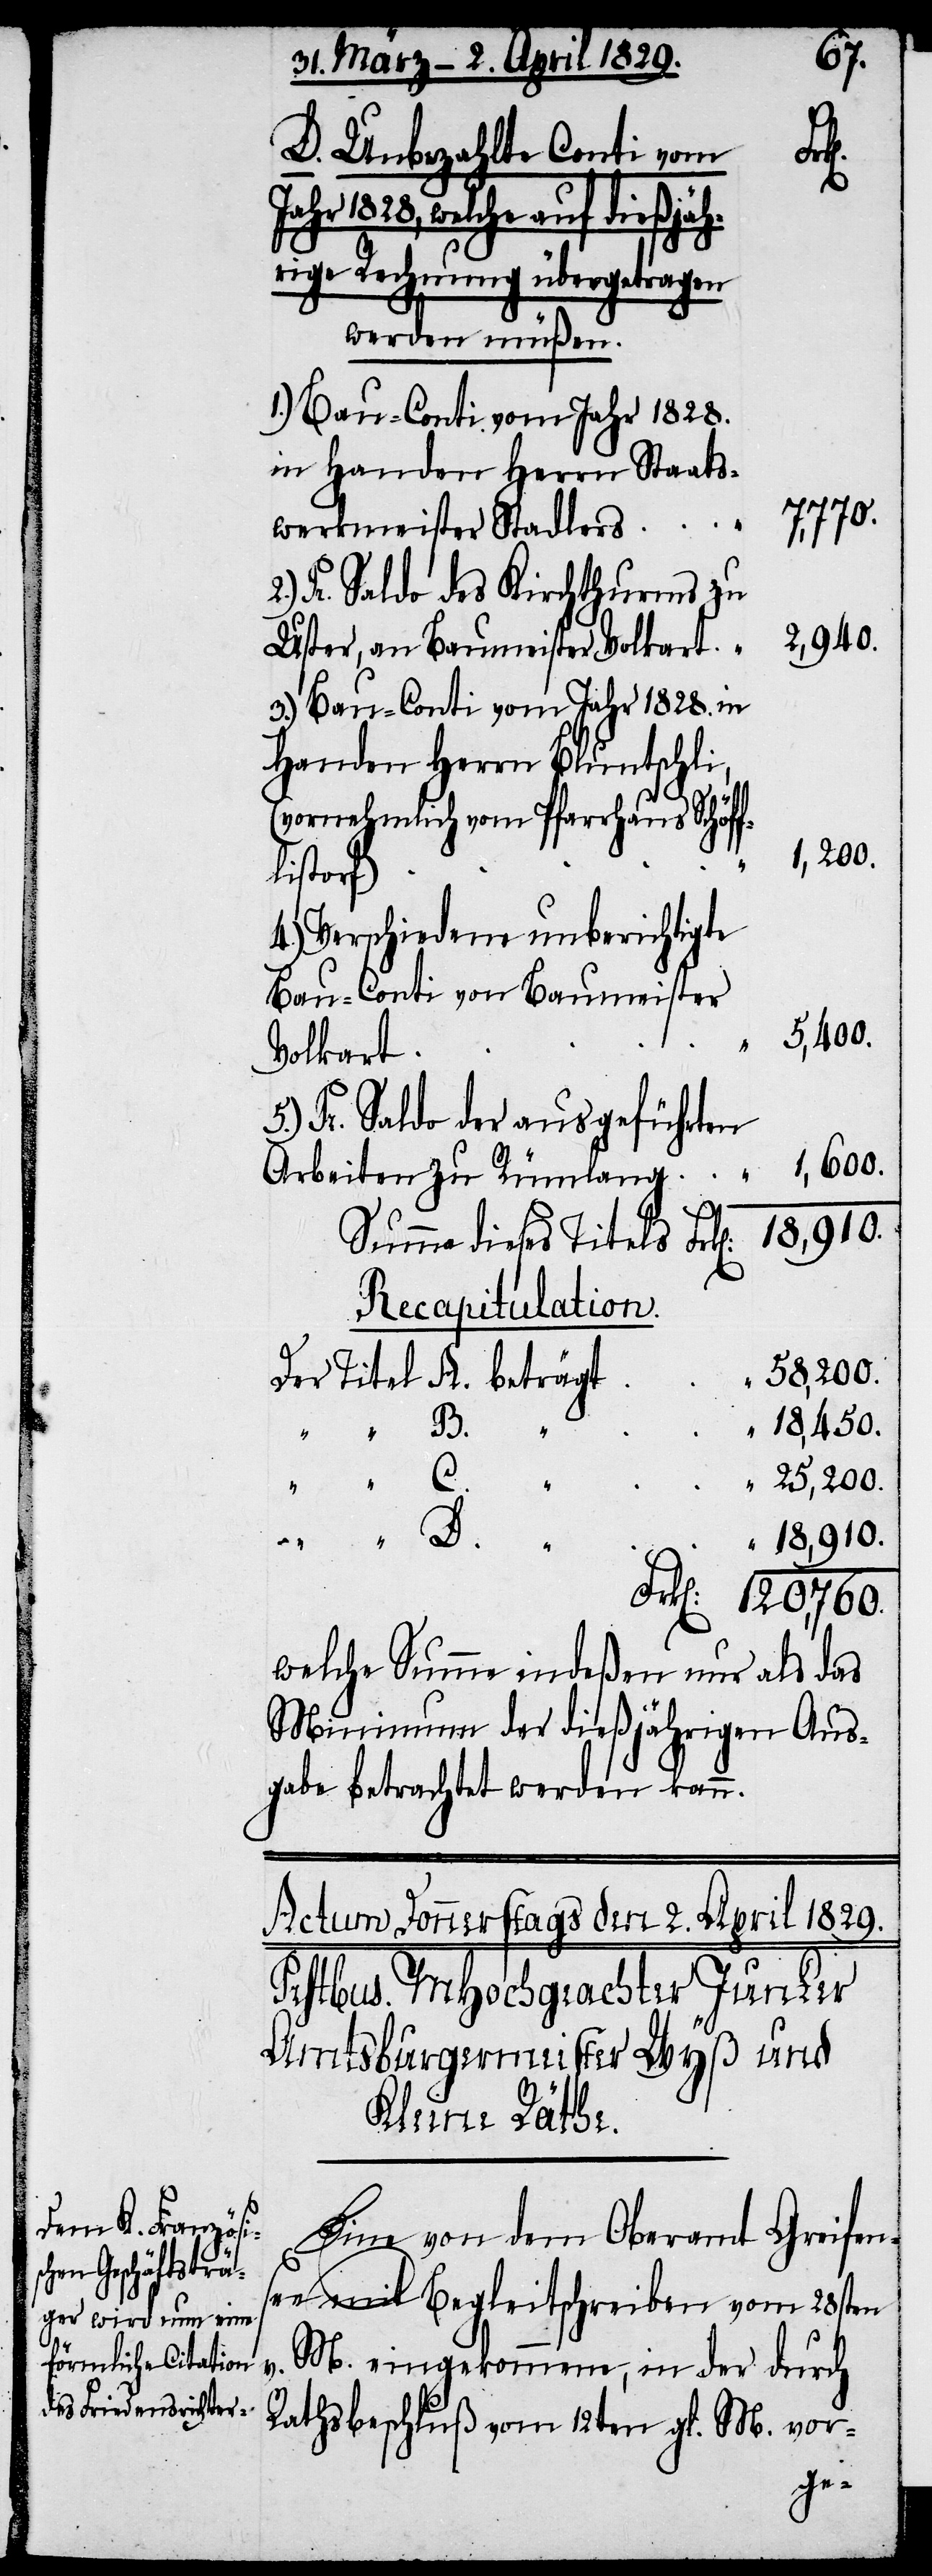
Jah¬
D. Unbezahlte Conti vom
r 1828, welche auf dießjäh¬
rige Rechnung übergetragen
werden müßen.
1.) Bau-Conti vom Jahr 1828.
in Handen Herrn Staats¬
120,760.
werkmeister Stadlers
2.) Pr. Saldo des Kirchenthurms zu
2,940.
Uster, an Baumeister Volkart
3.) Bau-Conti vom Jahr 1828. in
Handen Herrn Bluntschli,
(vornehmlich vom Pfarrhaus Schöff¬
1,200.
listorf)
4.) Verschiedene unberichtigte
Bau-Conti von Baumeister
5,400.
Volkart
5.) Pr. Saldo der ausgeführten
1,600.
v.
Arbeiten zu Rümlang
Recapitualtion.
58,200.
Der Titel A. beträgt
18,450.
25,200.
18,910.
“ C.
welche Summe indeßen nur als das
Minimum der dießjährigen Aus¬
gabe betrachtet werden kann.
Eine von dem Oberamt Greifens¬
ee mit Begleitschreiben vom 28sten
M. eingekommene, in der durch
Rathsbeschluß vom 12ten gl. M. vor-